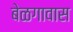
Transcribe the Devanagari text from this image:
बेळगावास